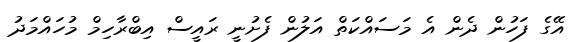
އޭގެ ފަހުން ދެން އެ މަސައްކަތް އަލުން ފެށުނީ ރައީސް އިބްރާހިމް މުހައްމަދު